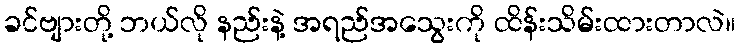
ခင်ဗျားတို့ ဘယ်လို နည်းနဲ့ အရည်အသွေးကို ထိန်းသိမ်းထားတာလဲ။